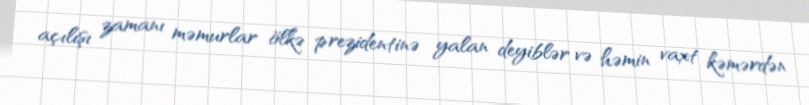
açılışı zamanı məmurlar ölkə prezidentinə yalan deyiblər və həmin vaxt kəmərdən